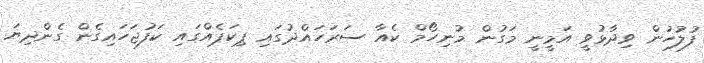
ފުލުހުން ވިދާޅުވީ އަމީނީ މަގުން މުނިހޯމް ކެއާ ސަރަހައްދުގައި ޕިކަޕެއްގައި ކަފުޖަހައިގެން ގެންދިޔަ